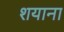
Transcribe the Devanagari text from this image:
शयाना